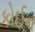
કોઈન